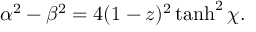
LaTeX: \alpha ^ { 2 } - \beta ^ { 2 } = 4 ( 1 - z ) ^ { 2 } \operatorname { t a n h } ^ { 2 } \chi .